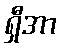
ရှီအာ